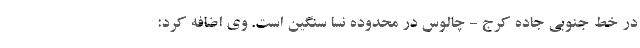
در خط جنوبی جاده کرج - چالوس در محدوده نسا سنگین است. وی اضافه کرد: